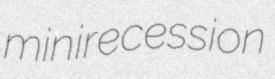
minirecession